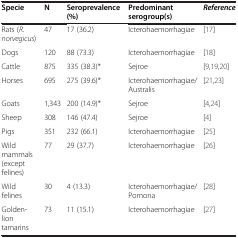
<table><thead><tr><td><b>Specie</b></td><td><b>N</b></td><td><b>Seroprevalence (%)</b></td><td><b>Predominant serogroup(s)</b></td><td><b><i>Reference</i></b></td></tr></thead><tbody><tr><td>Rats (<i>R. norvegicus</i>)</td><td>47</td><td>17 (36.2)</td><td>Icterohaemorrhagiae</td><td>[17]</td></tr><tr><td>Dogs</td><td>120</td><td>88 (73.3)</td><td>Icterohaemorrhagiae</td><td>[18]</td></tr><tr><td>Cattle</td><td>875</td><td>335 (38.3)*</td><td>Sejroe</td><td>[9,19,20]</td></tr><tr><td>Horses</td><td>695</td><td>275 (39.6)*</td><td>Icterohaemorrhagiae/Australis</td><td>[21,23]</td></tr><tr><td>Goats</td><td>1,343</td><td>200 (14.9)*</td><td>Sejroe</td><td>[4,24]</td></tr><tr><td>Sheep</td><td>308</td><td>146 (47.4)</td><td>Sejroe</td><td>[4]</td></tr><tr><td>Pigs</td><td>351</td><td>232 (66.1)</td><td>Icterohaemorrhagiae</td><td>[25]</td></tr><tr><td>Wild mammals (except felines)</td><td>77</td><td>29 (37.7)</td><td>Icterohaemorrhagiae</td><td>[26]</td></tr><tr><td>Wild felines</td><td>30</td><td>4 (13.3)</td><td>Icterohaemorrhagiae/Pomona</td><td>[28]</td></tr><tr><td>Golden-lion tamarins</td><td>73</td><td>11 (15.1)</td><td>Icterohaemorrhagiae</td><td>[27]</td></tr></tbody></table>